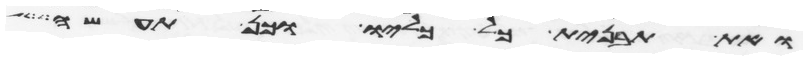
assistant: ואת תבנית כל כליו וכן תעשה